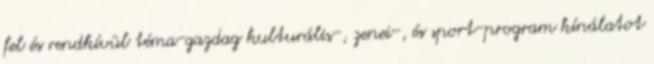
fel és rendkívül téma-gazdag kulturális-, zenei-, és sport-program kínálatot